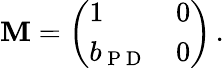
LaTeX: \mathbf{M}=\left(\begin{array}{ll}{1}&{0}\\ {b_{\mathrm{~P~D~}}}&{0}\end{array}\right)\, .